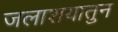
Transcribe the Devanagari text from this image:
जलाशयातुन